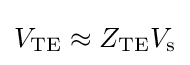
V_{\text{TE}}\approx Z_{\text{TE}}V_{\text{s}}